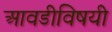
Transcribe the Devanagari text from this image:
आवडीविषयी